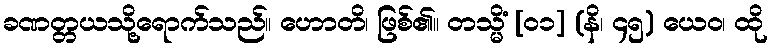
ခဏတ္တယသို့ရောက်သည်။ ဟောတိ၊ ဖြစ်၏။ တသ္မိံ [၀၁] (နိ၊ ၄၅) ယေဝ၊ ထို